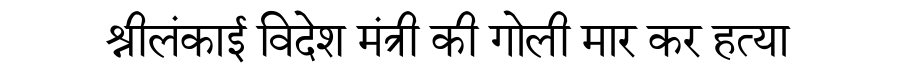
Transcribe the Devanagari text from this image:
श्रीलंकाई विदेश मंत्री की गोली मार कर हत्या